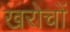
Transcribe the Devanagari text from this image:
खरोचों